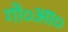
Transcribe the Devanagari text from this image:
गो०आ०